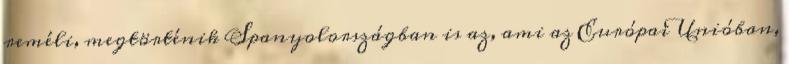
reméli, megtörténik Spanyolországban is az, ami az Európai Unióban,